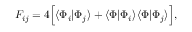
F _ { i j } = 4 \Big [ \langle \Phi _ { i } | \Phi _ { j } \rangle + \langle \Phi | \Phi _ { i } \rangle \langle \Phi | \Phi _ { j } \rangle \Big ] ,